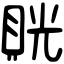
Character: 𧵦